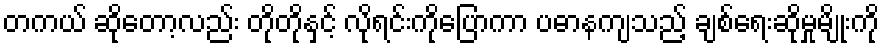
တကယ် ဆိုတော့လည်း တိုတိုနှင့် လိုရင်းကိုပြောကာ ပဓာနကျသည့် ချစ်ရေးဆိုမှုမျိုးကို